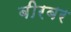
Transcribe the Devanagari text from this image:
बीरबर